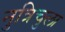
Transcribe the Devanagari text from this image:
नुत्रिचुला